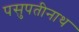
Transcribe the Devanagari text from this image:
पसुपतीनाथ